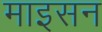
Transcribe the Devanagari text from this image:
माइसन